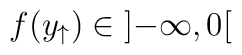
f(y_{\uparrow })\in \left] -\infty ,0\right[